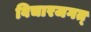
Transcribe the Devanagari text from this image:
विचारजगत्‌